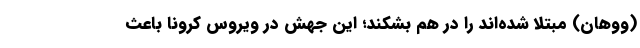
(ووهان) مبتلا شده‌اند را در هم بشکند؛ این جهش در ویروس کرونا باعث